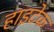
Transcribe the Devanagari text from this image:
हाइटेक